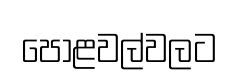
පොළවල්වලට